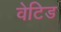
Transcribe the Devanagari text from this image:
वेटिड